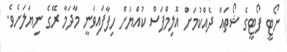
ނޯޓީ ފޯޓީގެ ޝޯތައް ދެއްކުމަށް އޮލިމްޕަސް ކުއްޔަށް ހިފާފައިވަނީ މާދަމާ ރޭގެ ނިޔަަލަށެވެ.